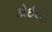
કોઈલ